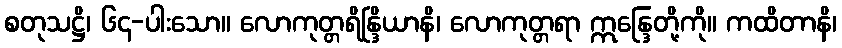
စတုသဋ္ဌိ၊ ၆၄-ပါးသော။ လောကုတ္တရိန္ဒြိယာနိ၊ လောကုတ္တရာ ဣန္ဒြေတို့ကို။ ကထိတာနိ၊